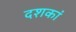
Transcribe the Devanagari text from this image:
दशकां